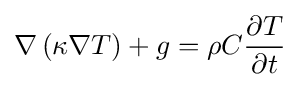
\nabla \left(\kappa \nabla T\right)+g=\rho C{\frac {\partial T}{\partial t}}